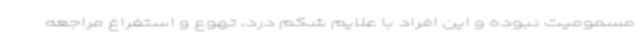
مسمومیت نبوده و این افراد با علایم شکم درد، تهوع و استفراغ مراجعه